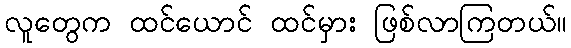
လူတွေက ထင်ယောင် ထင်မှား ဖြစ်လာကြတယ်။